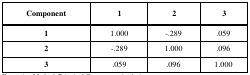
<table><thead><tr><td><b>Component</b></td><td><b>1</b></td><td><b>2</b></td><td><b>3</b></td></tr></thead><tbody><tr><td><b>1</b></td><td> 1.000</td><td>-.289</td><td>.059</td></tr><tr><td><b>2</b></td><td> -.289</td><td>1.000</td><td>.096</td></tr><tr><td><b>3</b></td><td> .059</td><td>.096</td><td>1.000</td></tr></tbody></table>